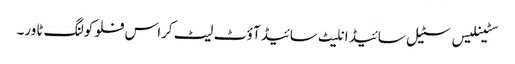
سٹینلیس سٹیل سائیڈ انلیٹ سائیڈ آؤٹ لیٹ کراس فلو کولنگ ٹاور۔